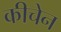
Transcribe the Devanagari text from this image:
कीचेन